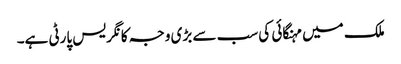
ملک میں مہنگائی کی سب سے بڑی وجہ کانگریس پارٹی ہے۔